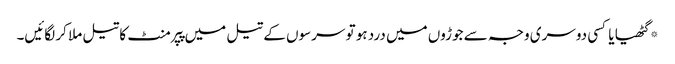
*گٹھیا یا کسی دوسری وجہ سے جوڑوں میں درد ہو تو سرسوں کے تیل میں پپرمنٹ کا تیل ملا کر لگائیں۔